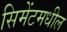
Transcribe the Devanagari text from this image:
सिमेंटमधील